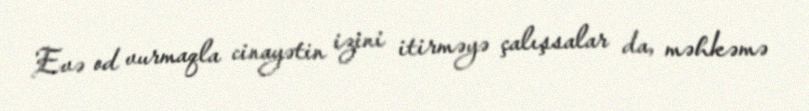
Evə od vurmaqla cinayətin izini itirməyə çalışsalar da, məhkəmə